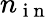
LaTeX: n_{\mathrm{~i~n~}}